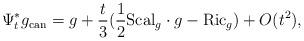
LaTeX: \begin{align*} \Psi^*_t g_{\mathrm{can}}= g+\frac{t}{3} (\frac{1}{2}\mathrm{Scal}_g\cdot g-\mathrm{Ric}_g)+O(t^2),\end{align*}